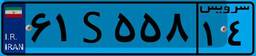
۶۱S۵۵۸۱۴